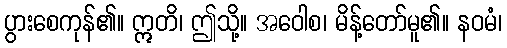
ပွားစေကုန်၏။ ဣတိ၊ ဤသို့။ အဝေါစ၊ မိန့်တော်မူ၏။ နဝမံ၊